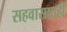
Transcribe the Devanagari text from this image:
सहवासातही